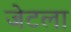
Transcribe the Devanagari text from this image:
जेटला